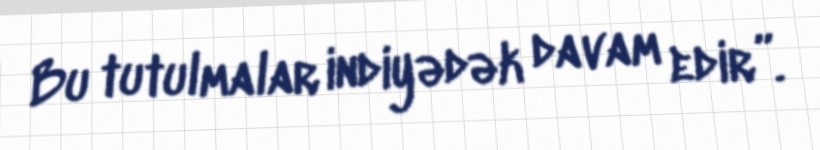
Bu tutulmalar indiyədək davam edir”.